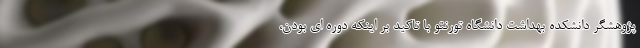
پژوهشگر دانشکده بهداشت دانشگاه تورنتو با تاکید بر اینکه دوره ای بودن،